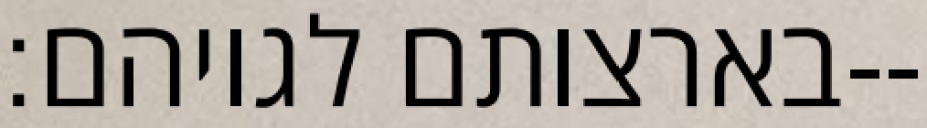
בארצותם לגויהם׃--